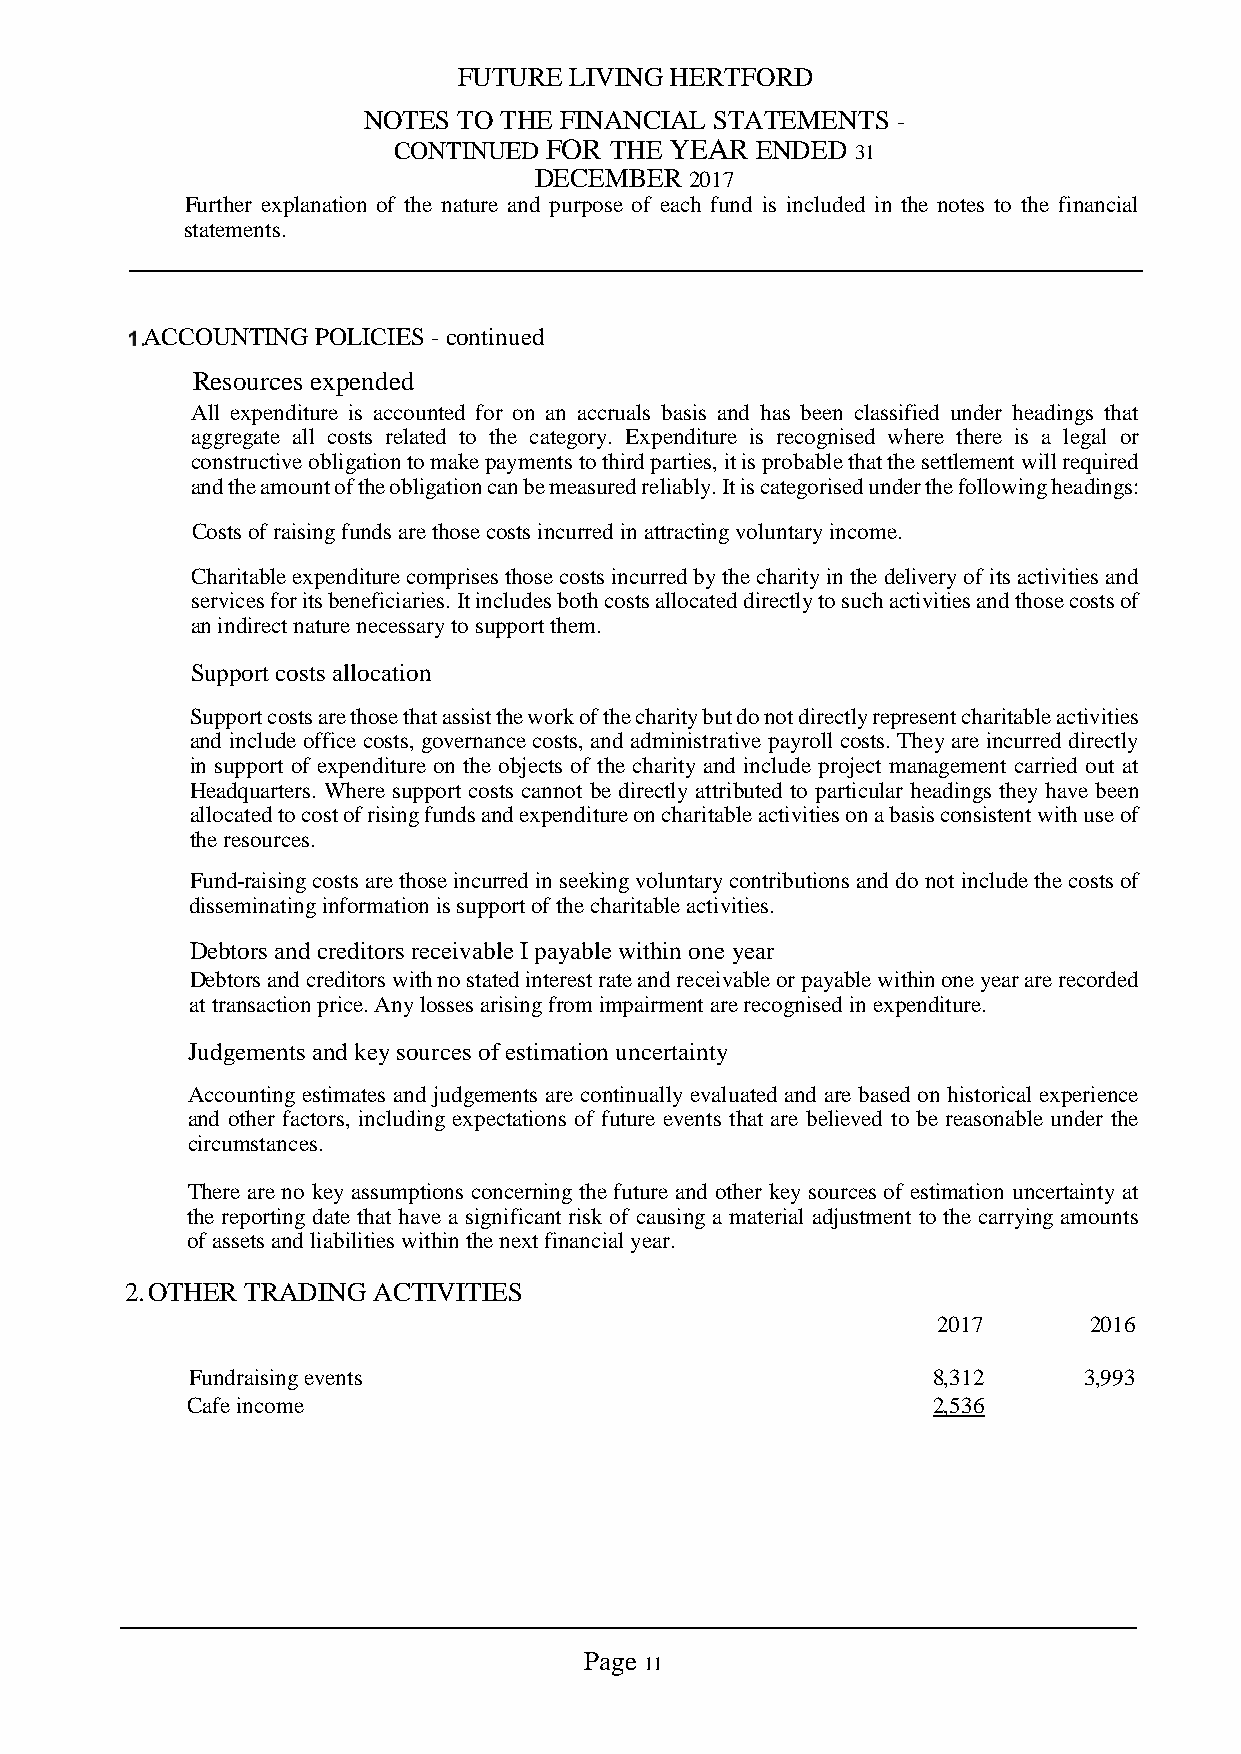
FUTURE  LIVING HERTFORD
 NOTES TO THE FINANCIAL STATEMENTS  -
 CONTINUED FOR THE YEAR  ENDED  31
 DECEMBER   2017
 Further explanation of the nature and purpose of each fund is included in the notes to the financial
 statements.
 ACCOUNTING  POLICIES - continued
 Resources expended
 All expenditure is accounted for on an accruals basis and has been classified under headings that
 aggregate all costs related to the category. Expenditure is recognised where there is a legal or
 constructive obligation to make payments to third parties, it is probable that the settlement will required
 and the amount of the obligation can be measured reliably. It is categorised under the following headings:
 Costs of raising funds are those costs incurred in attracting voluntary income.
 Charitable expenditure comprises those costs incurred by the charity in the delivery of its activities and
 services for its beneficiaries. It includes both costs allocated directly to such activities and those costs of
 an indirect nature necessary to support them.
 Support costs allocation
 Support costs are those that assist the work of the charity but do not directly represent charitable activities
 and include office costs, governance costs, and administrative payroll costs. They are incurred directly
 in support of expenditure on the objects of the charity and include project management carried out at
 Headquarters. Where support costs cannot be directly attributed to particular headings they have been
 allocated to cost of rising funds and expenditure on charitable activities on a basis consistent with use of
 the resources.
 Fund-raising costs are those incurred in seeking voluntary contributions and do not include the costs of
 disseminating information is support of the charitable activities.
 Debtors and creditors receivable I payable within one year
 Debtors and creditors with no stated interest rate and receivable or payable within one year are recorded
 at transaction price. Any losses arising from impairment are recognised in expenditure.
 Judgements and key sources of estimation uncertainty
 Accounting estimates and judgements are continually evaluated and are based on historical experience
 and other factors, including expectations of future events that are believed to be reasonable under the
 circumstances.
 There are no key assumptions concerning the future and other key sources of estimation uncertainty at
 the reporting date that have a significant risk of causing a material adjustment to the carrying amounts
 of assets and liabilities within the next financial year.
 2. OTHER TRADING ACTIVITIES
 2017      2016
 Fundraising events                               8,312     3,993
 Cafe income                                       2,536
 Page
 11